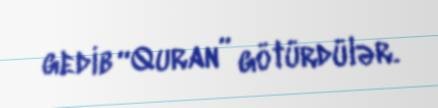
gedib “Quran” götürdülər.